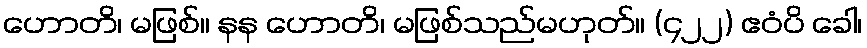
ဟောတိ၊ မဖြစ်။ နန ဟောတိ၊ မဖြစ်သည်မဟုတ်။ (၄၂၂) ဧဝံပိ ခေါ၊